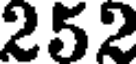
252